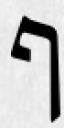
ף